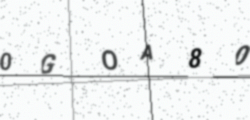
Text: 0GOA80